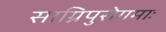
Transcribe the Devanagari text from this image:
साग्निपुरोगमाः